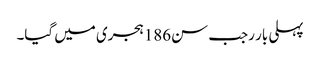
پہلی بار رجب سن186ہجری میں گیا۔